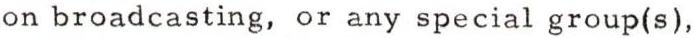
on broadcasting, or any special group(s),